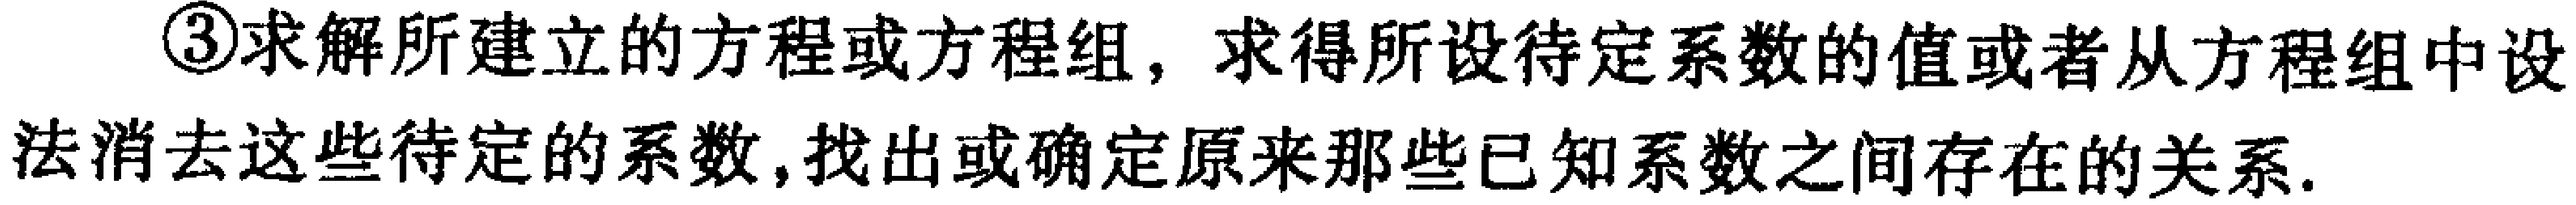
\textcircled{3}求解所建立的方程或方程组，求得所设待定系数的值或者从方程组中设法消去这些待定的系数,找出或确定原来那些已知系数之间存在的关系.